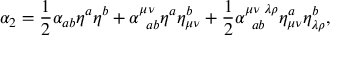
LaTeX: \alpha _ { 2 } = \frac { 1 } { 2 } \alpha _ { a b } \eta ^ { a } \eta ^ { b } + \alpha _ { \; \; a b } ^ { \mu \nu } \eta ^ { a } \eta _ { \mu \nu } ^ { b } + \frac { 1 } { 2 } \alpha _ { \; \; a b } ^ { \mu \nu \; \lambda \rho } \eta _ { \mu \nu } ^ { a } \eta _ { \lambda \rho } ^ { b } ,